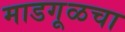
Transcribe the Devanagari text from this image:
माडगूळचा